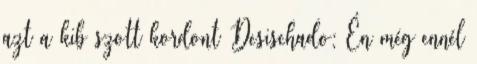
azt a kib szott kordont Desischado: Én még ennél